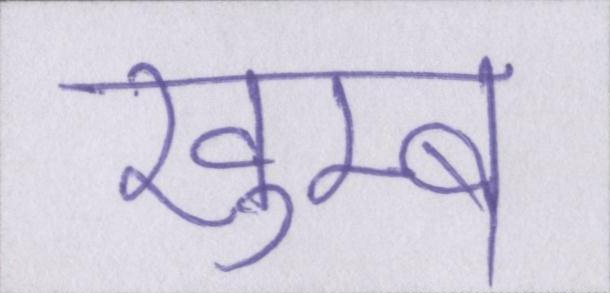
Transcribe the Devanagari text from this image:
खुम्ब